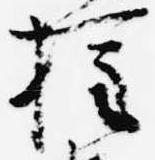
権